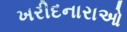
ખરીદનારાઓ